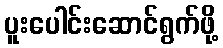
ပူးပေါင်းဆောင်ရွက်ဖို့